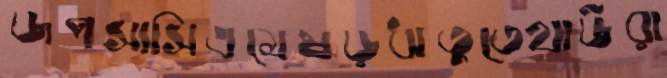
জপসাসিএমেষড়ঋতুতেথাউরা